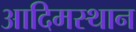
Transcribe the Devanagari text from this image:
आदिमस्थान